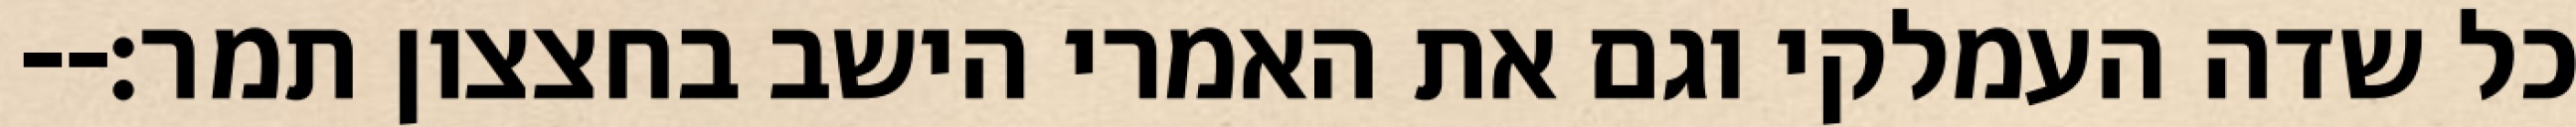
כל שדה העמלקי וגם את האמרי הישב בחצצון תמר׃--